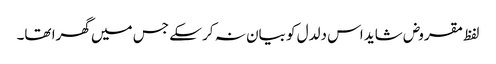
لفظ مقروض شاید اس دلدل کو بیان نہ کر سکے جس میں گھرا تھا۔